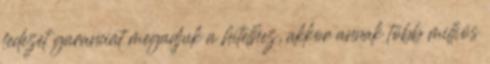
fedezet garanciát megadjuk a hitelhez, akkor annak több milliós